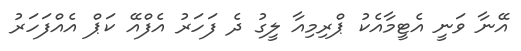
އޭނާ ވަނީ އެޓީމާއެކު ޕްރިމިއާ ލީގު ދެ ފަހަރު އެފްއޭ ކަޕް އެއްފަހަރު